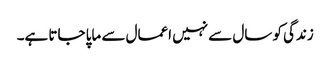
زندگی کو سال سے نہیں اعمال سے ماپا جاتا ہے۔